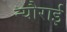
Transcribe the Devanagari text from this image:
न्यौराई